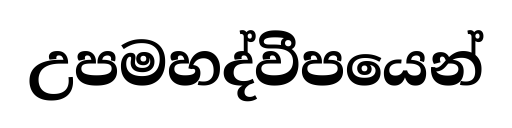
උපමහද්වීපයෙන්